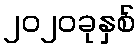
၂၀၂၀ခုနှစ်